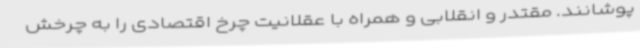
پوشانند. مقتدر و انقلابی و همراه با عقلانیت چرخ اقتصادی را به چرخش